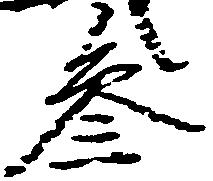
参